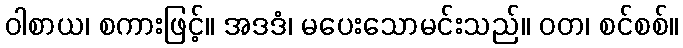
ဝါစာယ၊ စကားဖြင့်။ အဒဒံ၊ မပေးသောမင်းသည်။ ဝတ၊ စင်စစ်။